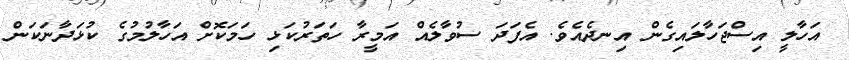
އަހާލީ އިސްޖަހާލައިގެން އިނދެއެވެ. އެފަދަ ސުވާލެއް އަމީރާ ހަތަރުކަޅި ހަމަކޮށް އަހާލުމުގެ ކުޅަދާނަކަން